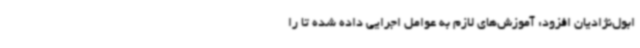
ابول‌نژادیان افزود: آموزش‌های لازم به عوامل اجرایی داده شده تا را